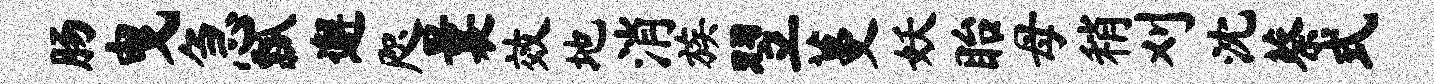
肠曳急瓢邂咫曩效地消族翌蔓妖眙母稍刈沈蔡式